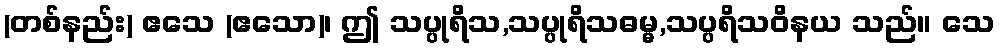
(တစ်နည်း) ဧသေ (ဧသော)၊ ဤ သပ္ပုရိသ,သပ္ပုရိသဓမ္မ,သပ္ပရိသဝိနယ သည်။ သေ